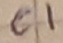
Text: C1